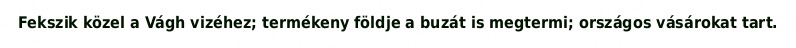
Fekszik közel a Vágh vizéhez; termékeny földje a buzát is megtermi; országos vásárokat tart.